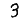
Digit: 3